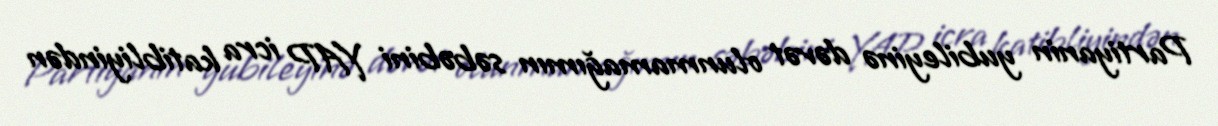
Partiyanin yubileyinə dəvət olunmamağımın səbəbini YAP icra katibliyindən